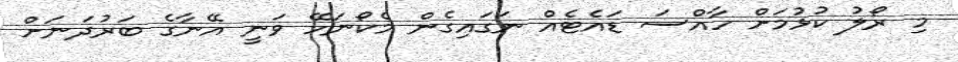
މި ރޯލު ކުޅުމަށް ހާއްސަ ޑައެޓެއް ނަގައިގެން މެކޯނަހޭ ވަނީ އޭނާގެ ބަރުދަނަށް